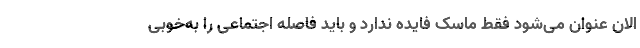
الان عنوان می‌شود فقط ماسک فایده ندارد و باید فاصله اجتماعی را به‌خوبی